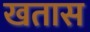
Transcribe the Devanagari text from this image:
खतास